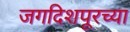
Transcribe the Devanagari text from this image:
जगदिशपूरच्या